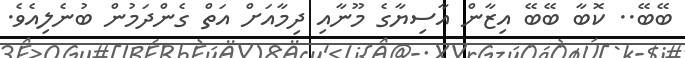
ބޭބޭ.. ކޮބާ ބޭބޭ އިޒާން އާސިޔާގެ މޫނާއި ދިމާއަށް އަތް ގެންދަމުން ބުނެލިއެވެ.